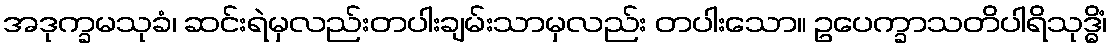
အဒုက္ခမသုခံ၊ ဆင်းရဲမှလည်းတပါးချမ်းသာမှလည်း တပါးသော။ ဥပေက္ခာသတိပါရိသုဒ္ဓိံ၊